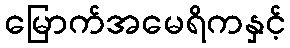
မြောက်အမေရိကနှင့်